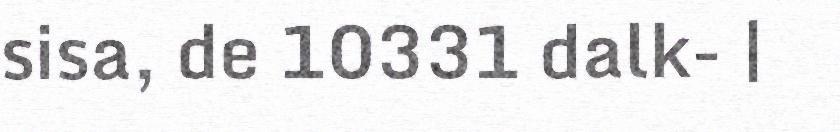
sisa, de 10331 dalk- |